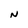
Character: N